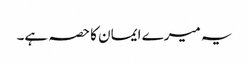
یہ میرے ایمان کا حصہ ہے۔